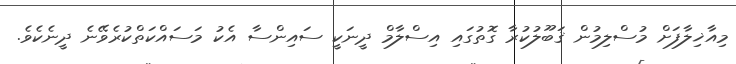
މިއާޚިލާފަށް މުސްލިމުން ޤަބޫލުކުރާ ގޮތުގައި އިސްލާމް ދީނަކީ ސައިންސާ އެކު މަސައްކަތްކުރެވޭނެ ދީނެކެވެ.